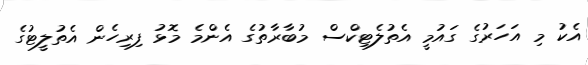
އެކު މި އަހަރުގެ ގައުމީ އެތުލެޓިކްސް މުބާރާތުގެ އެންމެ މޮޅު ފިރިހެން އެތުލީޓުގެ